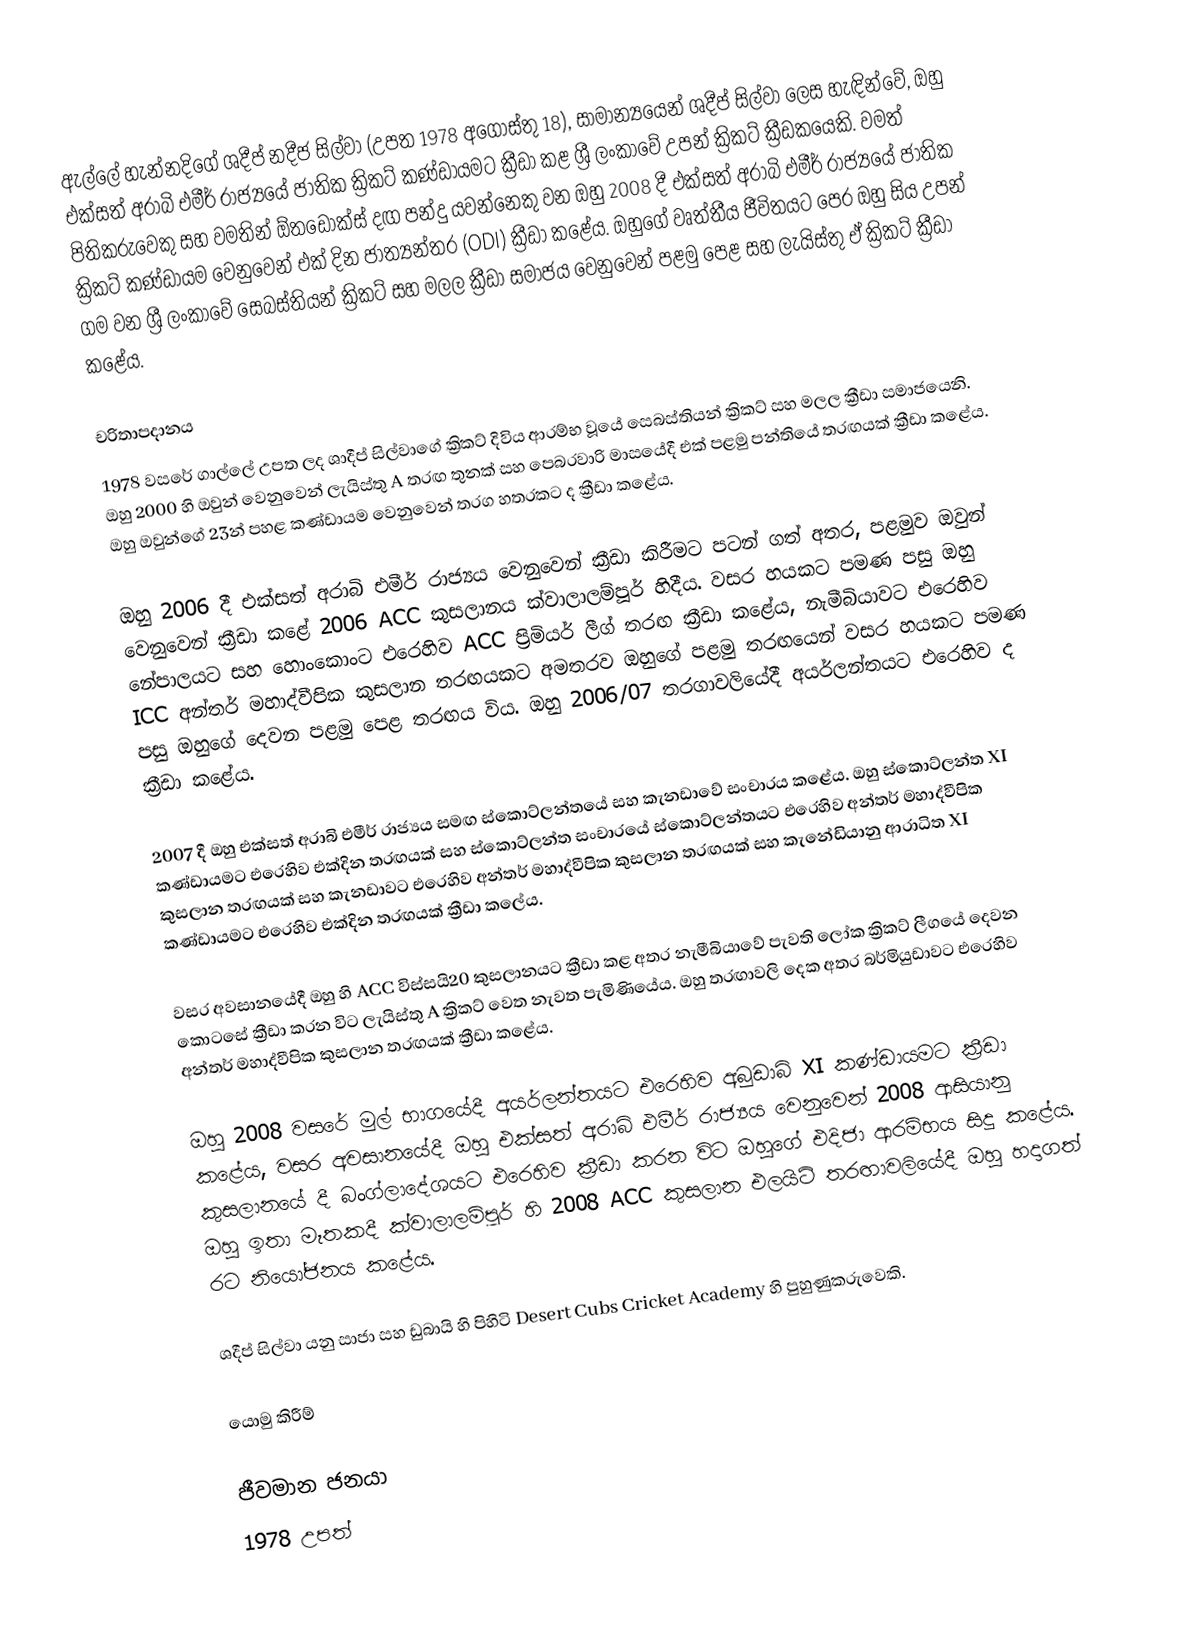
ඇල්ලේ හැන්නදිගේ ශදීප් නදීජ සිල්වා (උපත 1978 අගෝස්තු 18), සාමාන්‍යයෙන් ශදීප් සිල්වා ලෙස හැඳින්වේ, ඔහු එක්සත් අරාබි එමීර් රාජ්‍යයේ ජාතික ක්‍රිකට් කණ්ඩායමට ක්‍රීඩා කළ ශ්‍රී ලංකාවේ උපන් ක්‍රිකට් ක්‍රීඩකයෙකි. වමත් පිතිකරුවෙකු සහ වමතින් ඕතඩොක්ස් දඟ පන්දු යවන්නෙකු වන ඔහු 2008 දී එක්සත් අරාබි එමීර් රාජ්‍යයේ ජාතික ක්‍රිකට් කණ්ඩායම වෙනුවෙන් එක් දින ජාත්‍යන්තර (ODI) ක්‍රීඩා කළේය. ඔහුගේ වෘත්තීය ජීවිතයට පෙර ඔහු සිය උපන් ගම වන ශ්‍රී ලංකාවේ සෙබස්තියන් ක්‍රිකට් සහ මලල ක්‍රීඩා සමාජය වෙනුවෙන් පළමු පෙළ සහ ලැයිස්තු ඒ ක්‍රිකට් ක්‍රීඩා කළේය.

චරිතාපදානය
1978 වසරේ ගාල්ලේ උපත ලද ශාදීප් සිල්වාගේ ක්‍රිකට් දිවිය ආරම්භ වූයේ සෙබස්තියන් ක්‍රිකට් සහ මලල ක්‍රීඩා සමාජයෙනි. ඔහු 2000  හි ඔවුන් වෙනුවෙන් ලැයිස්තු A තරඟ තුනක් සහ පෙබරවාරි මාසයේදී එක් පළමු පන්තියේ තරඟයක් ක්‍රීඩා කළේය. ඔහු ඔවුන්ගේ 23න් පහළ කණ්ඩායම වෙනුවෙන් තරග හතරකට ද ක්‍රීඩා කළේය.

ඔහු 2006 දී එක්සත් අරාබි එමීර් රාජ්‍යය වෙනුවෙන් ක්‍රීඩා කිරීමට පටන් ගත් අතර, පළමුව ඔවුන් වෙනුවෙන් ක්‍රීඩා කළේ 2006 ACC කුසලානය ක්වාලාලම්පූර් හිදීය. වසර හයකට පමණ පසු ඔහු නේපාලයට සහ හොංකොංට එරෙහිව ACC ප්‍රිමියර් ලීග් තරඟ ක්‍රීඩා කළේය, නැමීබියාවට එරෙහිව ICC අන්තර් මහාද්වීපික කුසලාන තරඟයකට අමතරව ඔහුගේ පළමු තරඟයෙන් වසර හයකට පමණ පසු ඔහුගේ දෙවන පළමු පෙළ තරඟය විය. ඔහු 2006/07 තරගාවලියේදී අයර්ලන්තයට එරෙහිව ද ක්‍රීඩා කළේය.

2007 දී ඔහු එක්සත් අරාබි එමීර් රාජ්‍යය සමඟ ස්කොට්ලන්තයේ සහ කැනඩාවේ සංචාරය කළේය. ඔහු ස්කොට්ලන්ත XI කණ්ඩායමට එරෙහිව එක්දින තරඟයක් සහ ස්කොට්ලන්ත සංචාරයේ ස්කොට්ලන්තයට එරෙහිව අන්තර් මහාද්වීපික කුසලාන තරඟයක් සහ කැනඩාවට එරෙහිව අන්තර් මහාද්වීපික කුසලාන තරඟයක් සහ කැනේඩියානු ආරාධිත XI කණ්ඩායමට එරෙහිව එක්දින තරඟයක් ක්‍රීඩා කලේය.

වසර අවසානයේදී ඔහු හි ACC විස්සයි20 කුසලානයට ක්‍රීඩා කළ අතර නැමීබියාවේ පැවති ලෝක ක්‍රිකට් ලීගයේ දෙවන කොටසේ ක්‍රීඩා කරන විට ලැයිස්තු A ක්‍රිකට් වෙත නැවත පැමිණියේය. ඔහු තරඟාවලි දෙක අතර බර්මියුඩාවට එරෙහිව අන්තර් මහාද්වීපික කුසලාන තරඟයක් ක්‍රීඩා කළේය.

ඔහු 2008 වසරේ මුල් භාගයේදී අයර්ලන්තයට එරෙහිව අබුඩාබි XI කණ්ඩායමට ක්‍රීඩා කළේය, වසර අවසානයේදී ඔහු එක්සත් අරාබි එමීර් රාජ්‍යය වෙනුවෙන් 2008 ආසියානු කුසලානයේ දී බංග්ලාදේශයට එරෙහිව ක්‍රීඩා කරන විට ඔහුගේ එදිජා ආරම්භය සිදු කළේය.  ඔහු ඉතා මෑතකදී ක්වාලාලම්පූර් හි 2008 ACC කුසලාන එලයිට් තරඟාවලියේදී ඔහු හදාගත් රට නියෝජනය කළේය.

ශදීප් සිල්වා යනු සාජා සහ ඩුබායි හි පිහිටි Desert Cubs Cricket Academy හි පුහුණුකරුවෙකි.

යොමු කිරීම්

ජීවමාන ජනයා
1978 උපත්